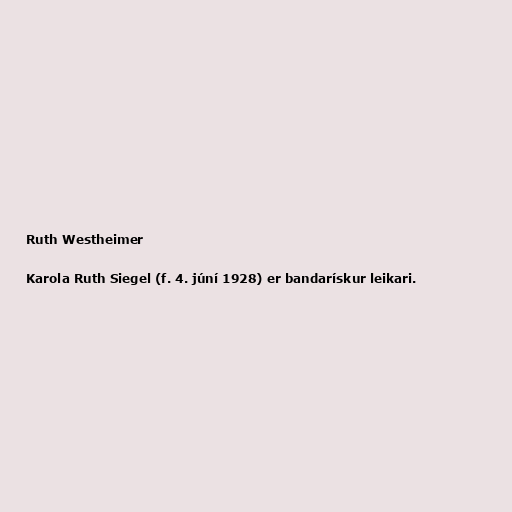
Ruth Westheimer

Karola Ruth Siegel (f. 4. júní 1928) er bandarískur leikari.